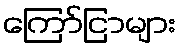
ကြော်ငြာများ